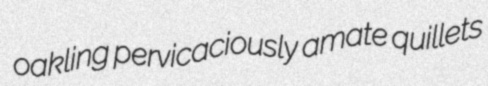
oakling pervicaciously amate quillets